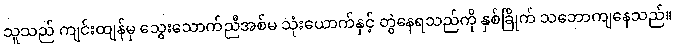
သူသည် ကျင်းထျန်မှ သွေးသောက်ညီအစ်မ သုံးယောက်နှင့် တွဲနေရသည်ကို နှစ်ခြိုက် သဘောကျနေသည်။